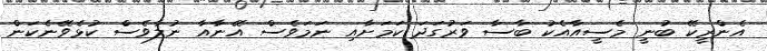
އެންރީކޭ ބުނީ މެސީއާއެކު ބާސާ ވަރުގަދަ ކަމަށާއި ނަމަވެސް އޭނާއާ ނުލާވެސް ކުޅެވޭނެކަން